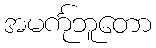
အမင်္ကုဘူတော